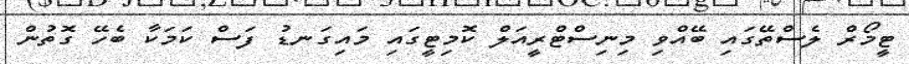
ޓީމޯރް ލެސްތޭގައި ބޭއްވި މިނިސްޓްރީއަލް ކޮމިޓީގައި މައިގަނޑު ފަސް ކަމަކާ ބެހޭ ގޮތުން